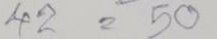
42 = 50